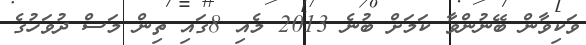
ވަކިވާން ބޭނުންވާ ކަމަށް ބުނެ 2013 މެއި 8ގައި ތިން މަސް ދުވަހުގެ